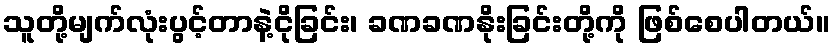
သူတို့မျက်လုံးပွင့်တာနဲ့ငိုခြင်း၊ ခဏခဏနိုးခြင်းတို့ကို ဖြစ်စေပါတယ်။